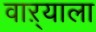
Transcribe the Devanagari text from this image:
वाऱ्याला